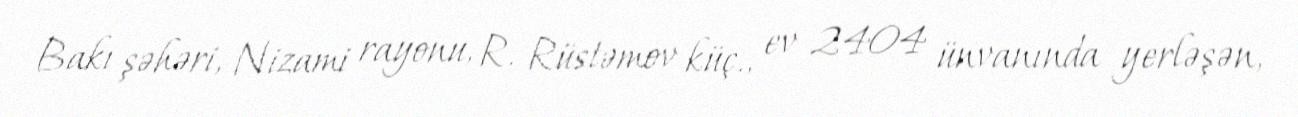
Bakı şəhəri, Nizami rayonu, R. Rüstəmov küç., ev 2404 ünvanında yerləşən,